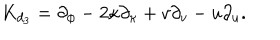
{ K } _ { d _ { 3 } } = \partial _ { \phi } - 2 \kappa \partial _ { \kappa } + v \partial _ { v } - u \partial _ { u } .